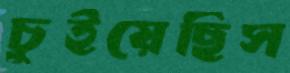
চুইয়েছিস